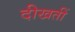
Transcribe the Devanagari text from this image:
दीखतीं